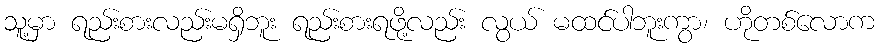
သူ့မှာ ရည်းစားလည်းမရှိဘူး ရည်းစားရဖို့လည်း လွယ် မထင်ပါဘူးကွာ၊ ဟိုတစ်လောက